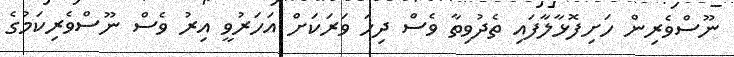
ނޫސްވެރިން ހަށިފޮޅާލާފައި ތެދުވިތާ ވެސް ދިހަ ވަރަކަށް އަހަރުވީ އިރު ވެސް ނޫސްވެރިކަމުގެ